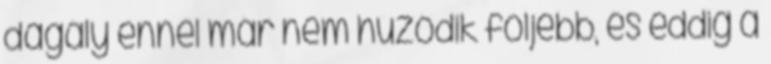
dagály ennél már nem húzódik följebb, és eddig a